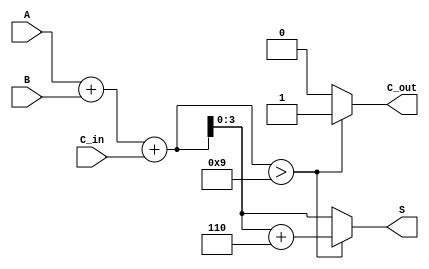
module BCD_Carry_Lookahead_Adder(
    input [3:0] A,         // BCD digit A
    input [3:0] B,         // BCD digit B
    input C_in,            // Carry-in
    output reg [3:0] S,    // BCD Sum output
    output reg C_out       // Carry-out
);
    reg [4:0] S_temp;      // Temporary sum (5 bits to accommodate carry)

    // Internal carry signals
    wire C1, C2, C3, C4;

    // Calculate the initial sum
    always @(*) begin
        S_temp = A + B + C_in;
    end

    // Carry generation logic
    assign C1 = A[0] & B[0] | (A[0] ^ B[0]) & C_in;
    assign C2 = A[1] & B[1] | (A[1] ^ B[1]) & C1;
    assign C3 = A[2] & B[2] | (A[2] ^ B[2]) & C2;
    assign C4 = A[3] & B[3] | (A[3] ^ B[3]) & C3;

    // Determine carry-out and compute final sum
    always @(*) begin
        if (S_temp > 9) begin
            S = S_temp + 4'b0110; // Adjust by adding 6
            C_out = 1;            // Set carry-out
        end else begin
            S = S_temp[3:0];      // Sum is valid
            C_out = 0;            // No carry-out
        end
    end
    
endmodule